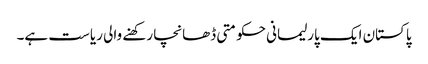
پاکستان ایک پارلیمانی حکومتی ڈھانچا رکھنے والی ریاست ہے۔